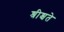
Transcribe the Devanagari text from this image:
श्रीश्चते